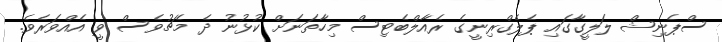
ސްޕެނިޝް ލަލީގާގައި ޕެލެގްރިނީގެ ރެއާލްބެޓިސް މިހާތަނަށް ކުޅުނު ދެ މެޗުވެސް ވީ އެއްވަރެވެ.